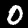
Label: 0